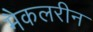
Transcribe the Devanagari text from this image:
मैकलरीन